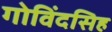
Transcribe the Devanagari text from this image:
गोविंदसिह